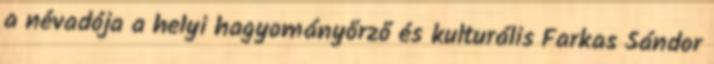
a névadója a helyi hagyományőrző és kulturális Farkas Sándor